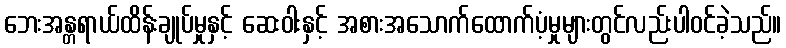
ဘေးအန္တရာယ်ထိန်းချုပ်မှုနှင့် ဆေးဝါးနှင့် အစားအသောက်ထောက်ပံ့မှုများတွင်လည်းပါဝင်ခဲ့သည်။